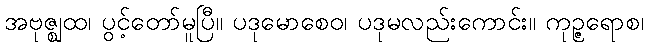
အဗုဇ္ဈထ၊ ပွင့်တော်မူပြီ။ ပဒုမောစေဝ၊ ပဒုမလည်းကောင်း။ ကုဉ္ဇရောစ၊